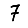
Digit: 7